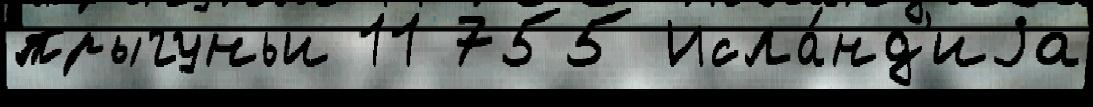
прыгуньи 11 755 Исла́нд'иjа